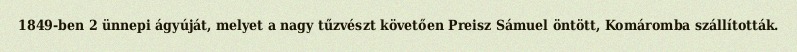
1849-ben 2 ünnepi ágyúját, melyet a nagy tűzvészt követően Preisz Sámuel öntött, Komáromba szállították.